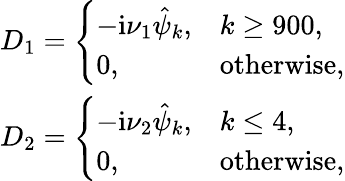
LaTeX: \begin{array}{r}{D_{1}=\left\{ \begin{array}{ll}{-\textnormal{i}\nu_{1}\hat{\psi}_{k},}&{k\ge 900,}\\ {0,}&{\mathrm{otherwise},}\end{array}\right.}\\ {D_{2}=\left\{ \begin{array}{ll}{-\textnormal{i}\nu_{2}\hat{\psi}_{k},}&{k\le 4,}\\ {0,}&{\mathrm{otherwise},}\end{array}\right.}\end{array}